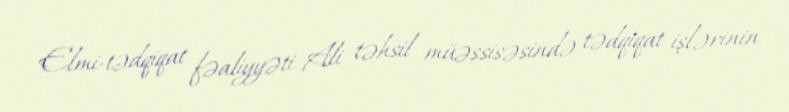
Elmi-tədqiqat fəaliyyəti Ali təhsil müəssisəsində tədqiqat işlərinin